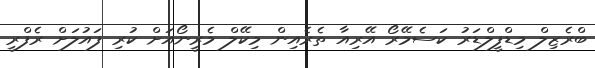
ބްރެޒިލް މިޑްފީލްޑަރު ކަސެމޭރޯ އޭރިއާ ތެރެއިން މިކޭލް މެރީނޯއަށް ކުރި ފައުލަށް ރެފްރީ